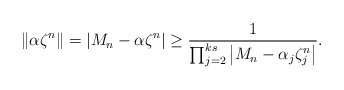
\begin{align*} \left\Vert \alpha\zeta^{n}\right\Vert = \vert M_{n}-\alpha\zeta^{n}\vert\geq \frac{1}{\prod_{j=2}^{ks} \left\vert M_{n}-\alpha_{j}\zeta_{j}^{n}\right\vert}.\end{align*}